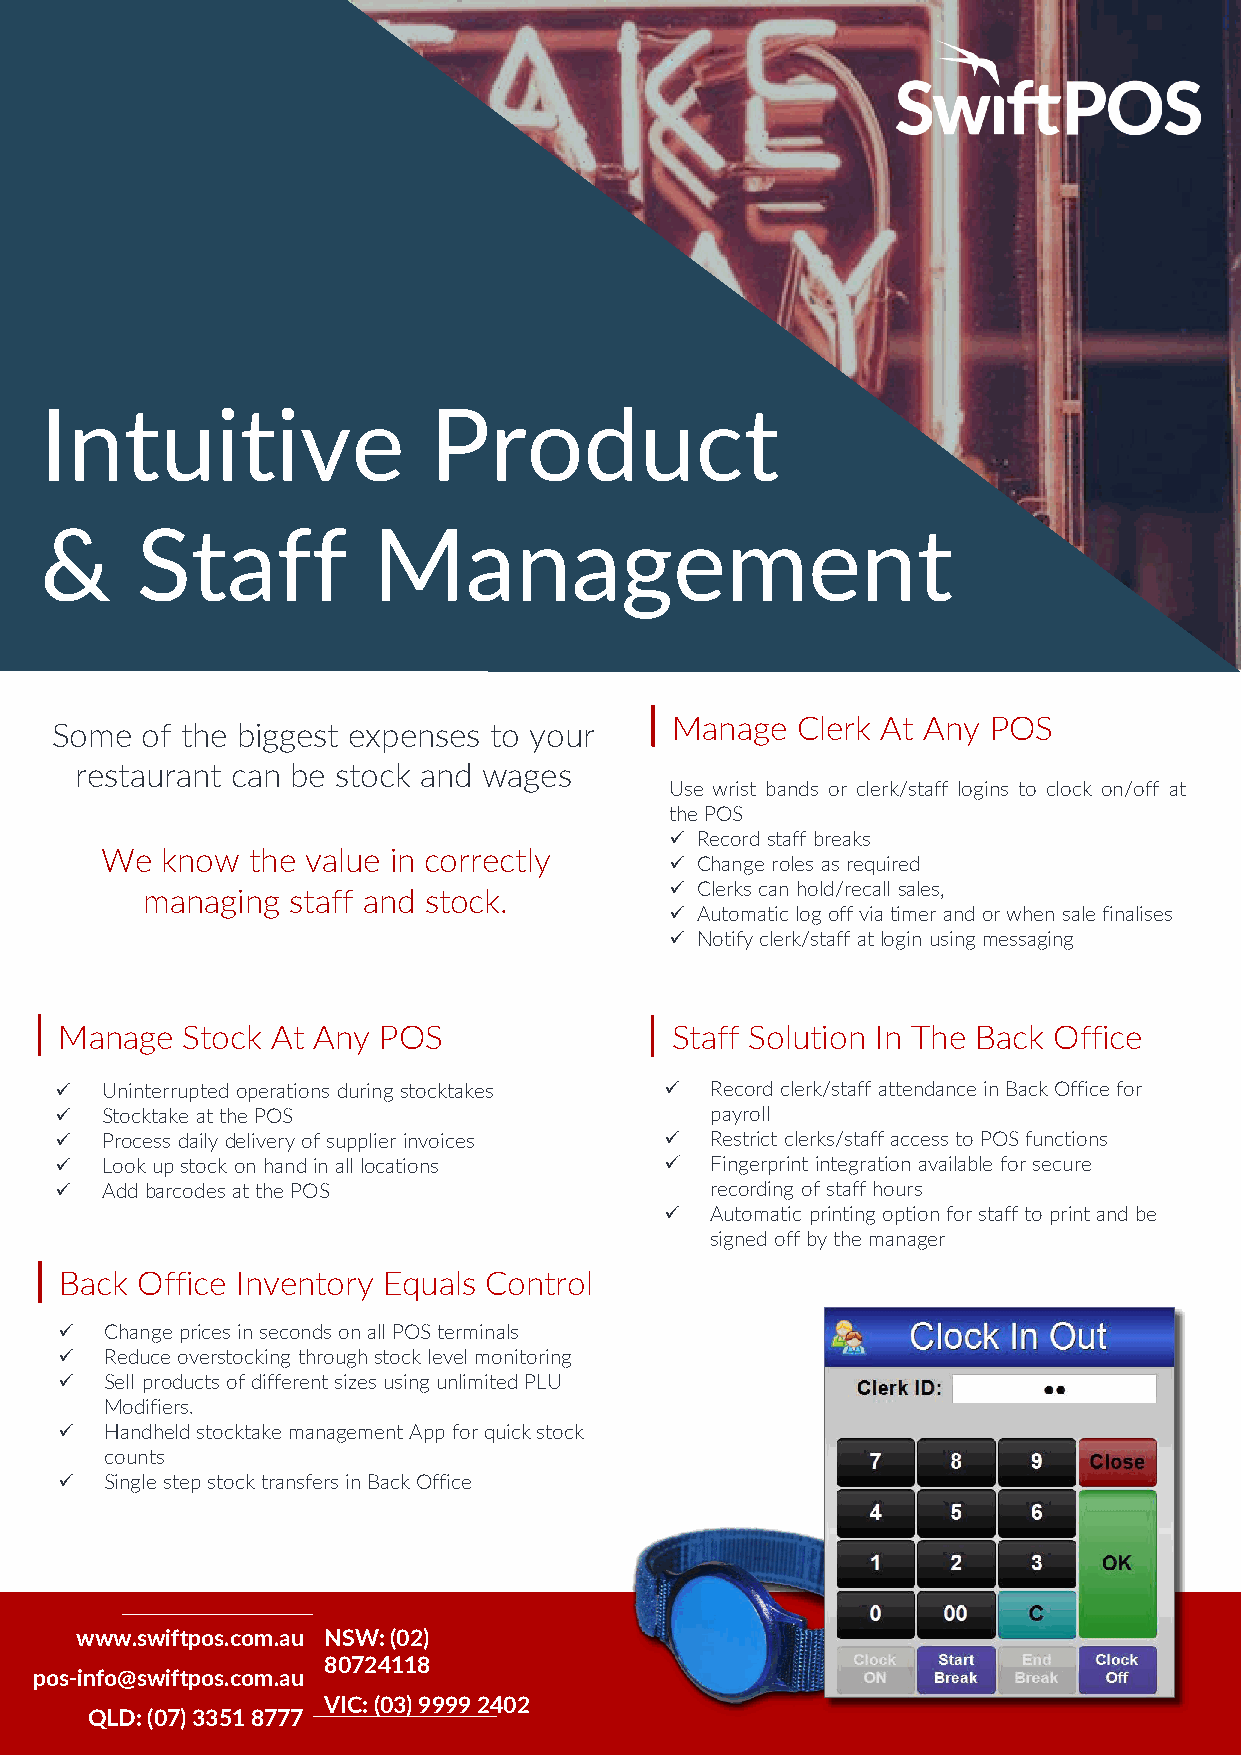
Intuitive                Product
 &     Staff           Management
 Manage   Clerk At Any POS
 Some  of the biggest expenses to your
 restaurant can be stock and wages
 Use wrist bands or clerk/staff logins to clock on/off at
 thePOS
 ✓ Record staffbreaks
 We  know the value in correctly
 ✓ Changeroles asrequired
 managing  staff and stock.         ✓ Clerkscanhold/recall sales,
 ✓ Automatic logoffviatimerandorwhensale finalises
 ✓ Notifyclerk/staff atlogin usingmessaging
 Manage  Stock At Any POS                Staff Solution In The Back Office
 ✓  Uninterrupted operations during stocktakes ✓ Record clerk/staff attendance in Back Office for
 ✓  Stocktake atthePOS                      payroll
 ✓  Process daily delivery ofsupplierinvoices ✓ Restrict clerks/staff access to POS functions
 ✓  Lookupstock onhandinalllocations     ✓  Fingerprint integration available for secure
 ✓  AddbarcodesatthePOS                     recording of staff hours
 ✓  Automatic printing option for staff to print and be
 signed off by the manager
 Back Office Inventory Equals Control
 ✓  Change prices in seconds on all POS terminals
 ✓  Reduce overstocking through stock level monitoring
 ✓  Sell products of different sizes using unlimited PLU
 Modifiers.
 ✓  Handheld stocktake management App for quick stock
 counts
 ✓  Single step stock transfers in Back Office
 www.swiftpos.com.au NSW: (02)
 80724118
 pos-info@swiftpos.com.au
 VIC: (03) 9999 2402
 QLD: (07) 3351 8777